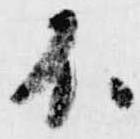
不